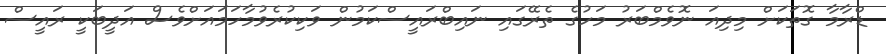
ޑްރާމާ ގޮތަކަށް މިދިއަ ނޮވެމްބަރު މަހުގެ ތެރޭގައި ނައިބްރައީސްކަމުން ވަކިކުރެވުމާހަމައަށްވެސް އަދީބަކީ ރައީސް